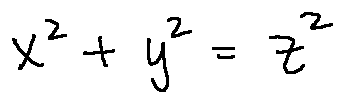
x ^ { 2 } + y ^ { 2 } = z ^ { 2 }